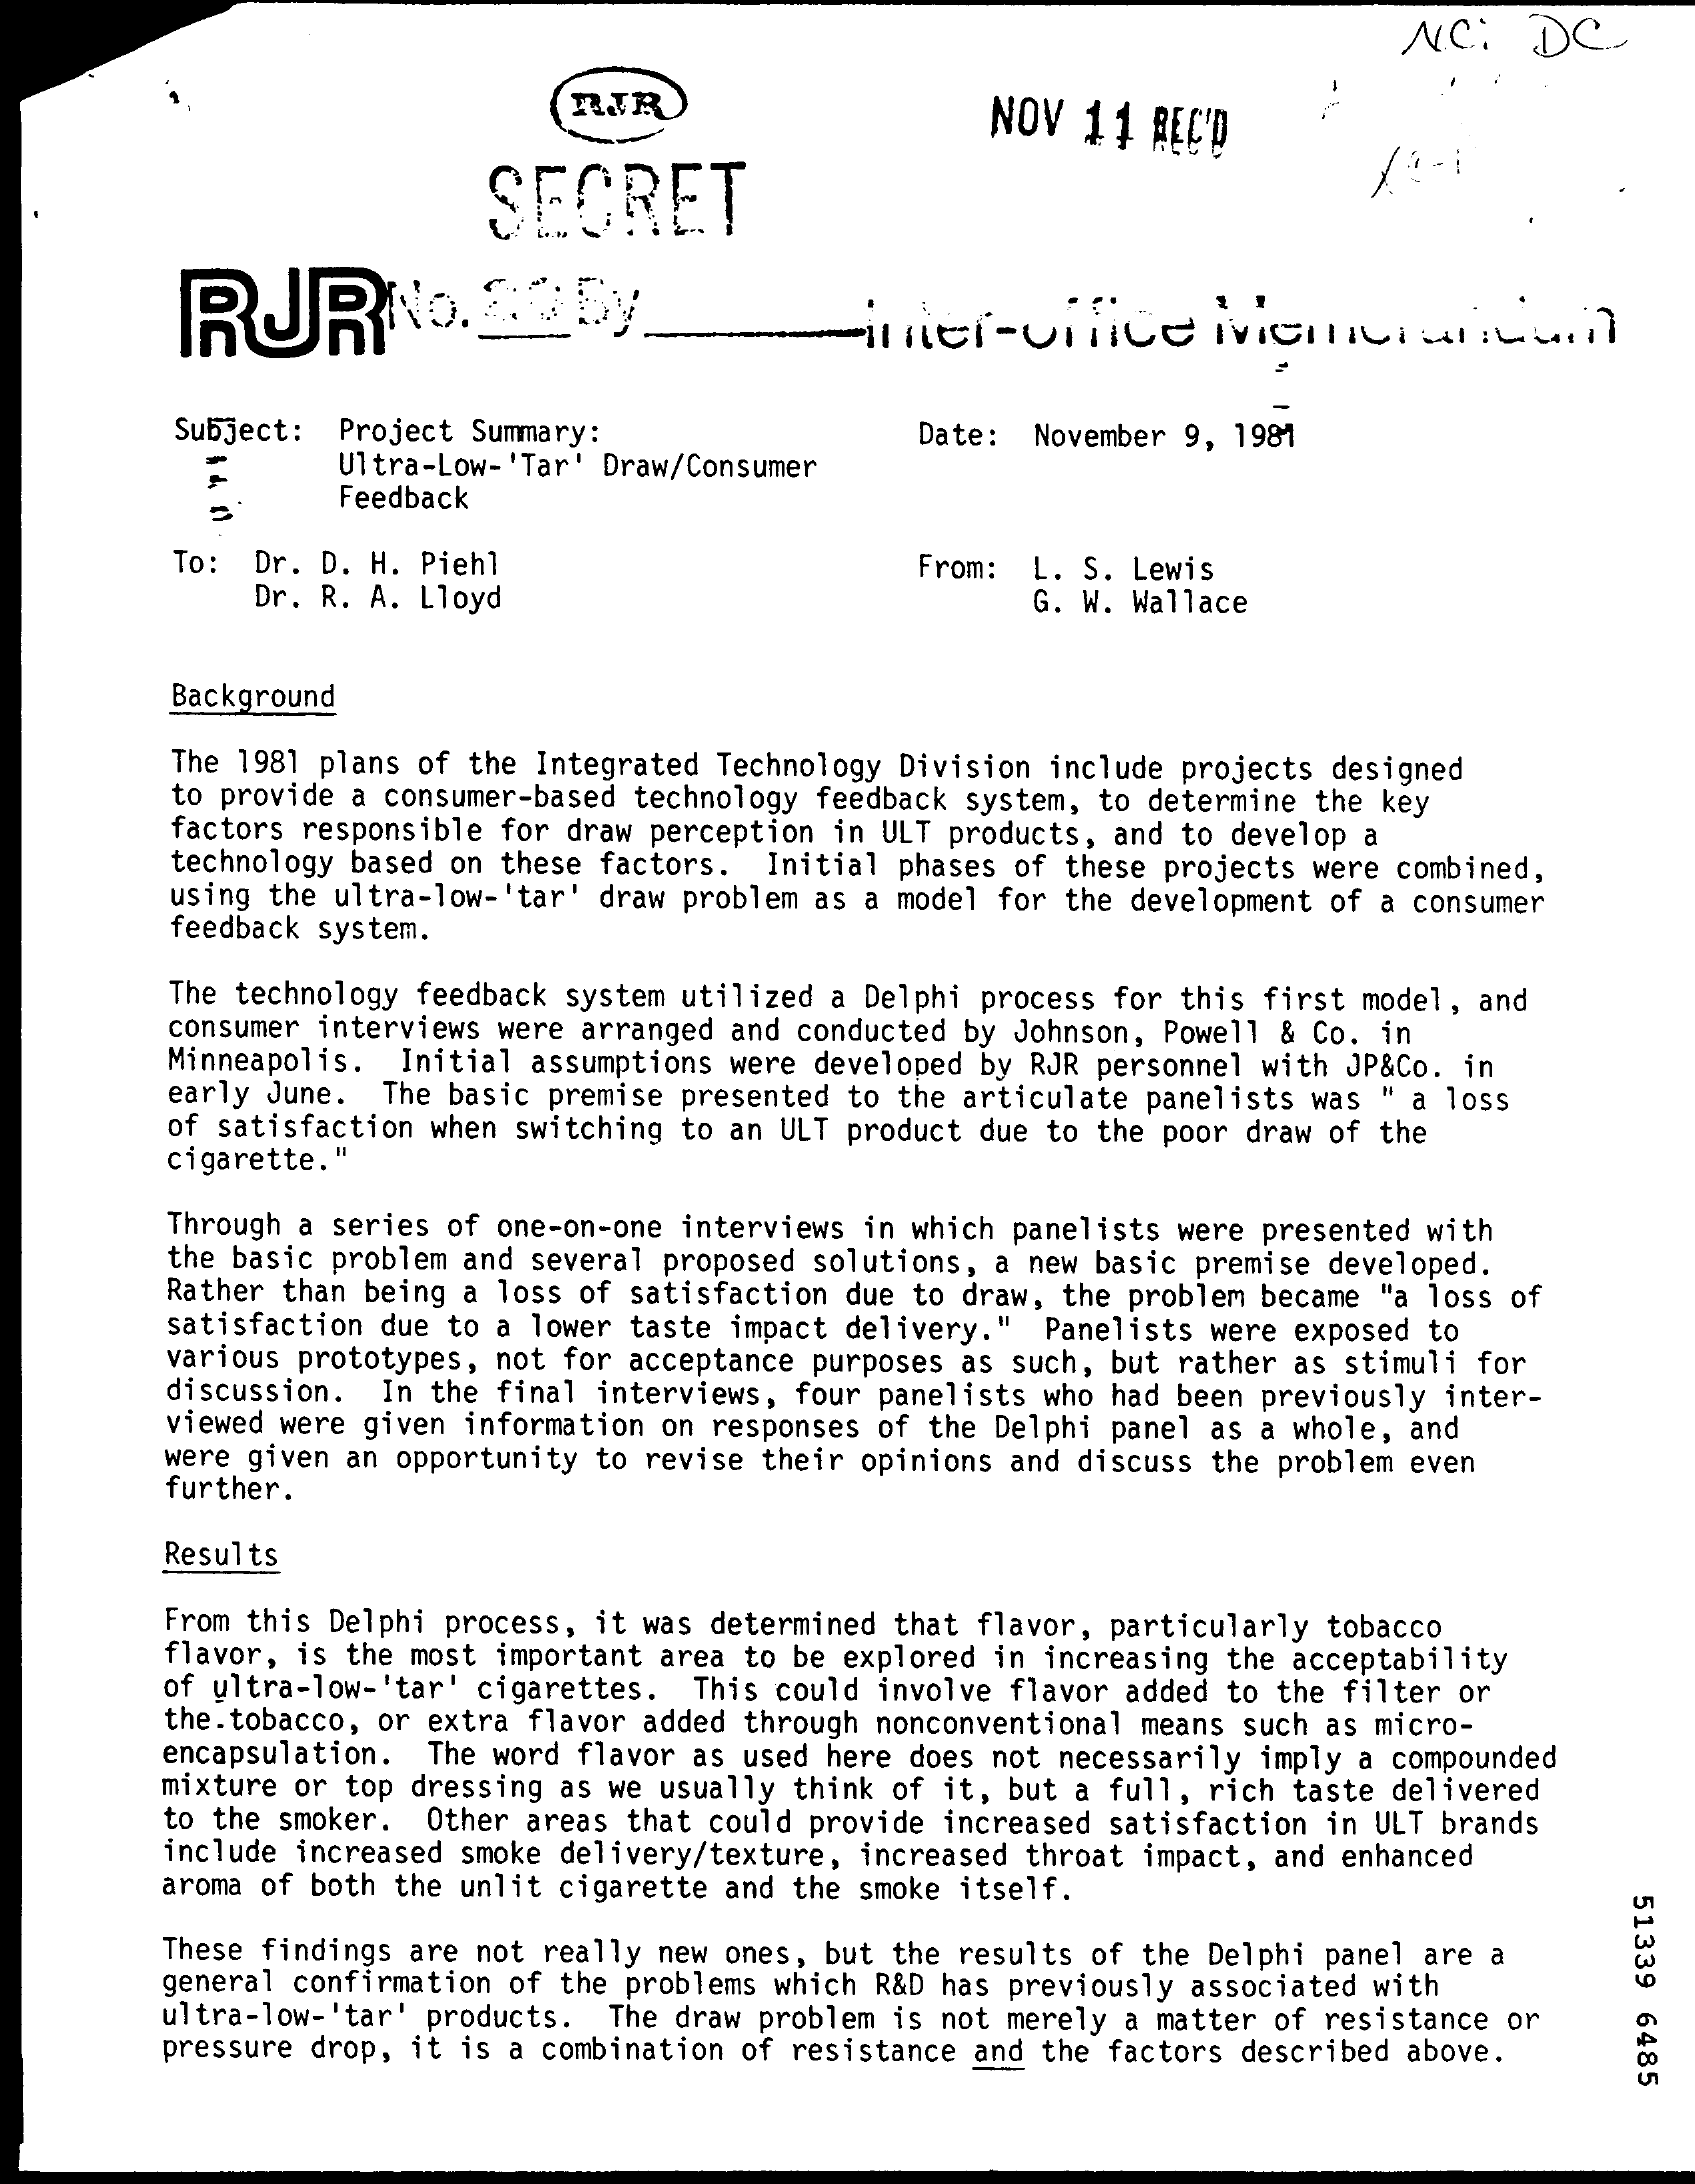
N.C:   DC
     RIR    NOV 11  REC'D
     SECRET
     RURNO.    GODy    inter-office    Memorandum
     Subject: Project Summary:    Date: November 9, 1981
     Ultra-Low-'Tar' Draw/Consumer
     Feedback
     To: Dr. D. H. Piehl
     Dr. R. A. Lloyd
     From: L. S. Lewis
     G. W. Wallace
     Background
     The 1981 plans of the Integrated Technology Division include projects designed
     to provide a consumer-based technology feedback system, to determine the key
     factors responsible for draw perception in ULT products, and to develop a
     technology based on these factors. Initial phases of these projects were combined,
     using the ultra-low-'tar' draw problem as a model for the development of a consumer
     feedback system.
     The technology feedback system utilized a Delphi process for this first model, and
     consumer interviews were arranged and conducted by Johnson, Powell & Co. in
     Minneapolis. Initial assumptions were developed by RJR personnel with JP&Co. in
     early June. The basic premise presented to the articulate panelists was " a loss
     cigarette."
     of satisfaction when switching to an ULT product due to the poor draw of the
     Through a series of one-on-one interviews in which panelists were presented with
     the basic problem and several proposed solutions, a new basic premise developed.
     Rather than being a loss of satisfaction due to draw, the problem became "a loss of
     satisfaction due to a lower taste impact delivery." Panelists were exposed to
     various prototypes, not for acceptance purposes as such, but rather as stimuli for
     discussion. In the final interviews, four panelists who had been previously inter-
     viewed were given information on responses of the Delphi panel as a whole, and
     were given an opportunity to revise their opinions and discuss the problem even
     further.
     Results
     From this Delphi process, it was determined that flavor, particularly tobacco
     flavor, is the most important area to be explored in increasing the acceptability
     of ultra-low-'tar' cigarettes. This could involve flavor added to the filter or
     the. tobacco, or extra flavor added through nonconventional means such as micro-
     encapsulation. The word flavor as used here does not necessarily imply a compounded
     mixture or top dressing as we usually think of it, but a full, rich taste delivered
     to the smoker. Other areas that could provide increased satisfaction in ULT brands
     include increased smoke delivery/texture, increased throat impact, and enhanced
     aroma of both the unlit cigarette and the smoke itself.
     51339
     6485
     These findings are not really new ones, but the results of the Delphi panel are a
     general confirmation of the problems which R&D has previously associated with
     ultra-low-'tar' products. The draw problem is not merely a matter of resistance or
     pressure drop, it is a combination of resistance and the factors described above.